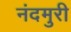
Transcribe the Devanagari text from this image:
नंदमुरी